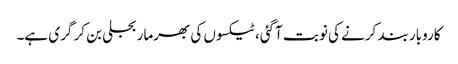
کاروبار بند کرنے کی نوبت آگئی، ٹیکسوں کی بھرمار بجلی بن کر گری ہے۔